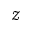
\mathcal { Z }